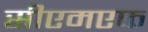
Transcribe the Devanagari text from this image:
सीएमएफ